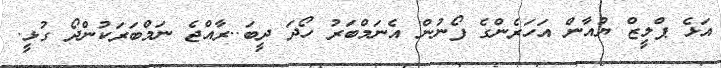
އަޅެ ޕްލީޒް ޔުއާން އަހަރެންގެ ފޯނުން އެނަމްބަރު ހޯދަ ދީބަ..ރާއްޖެ ނަމްބަރަކުންދޯ ގުޅީ.